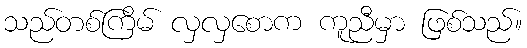
သည်တစ်ကြိမ် လှလှစောက ကူညီမှာ ဖြစ်သည်။